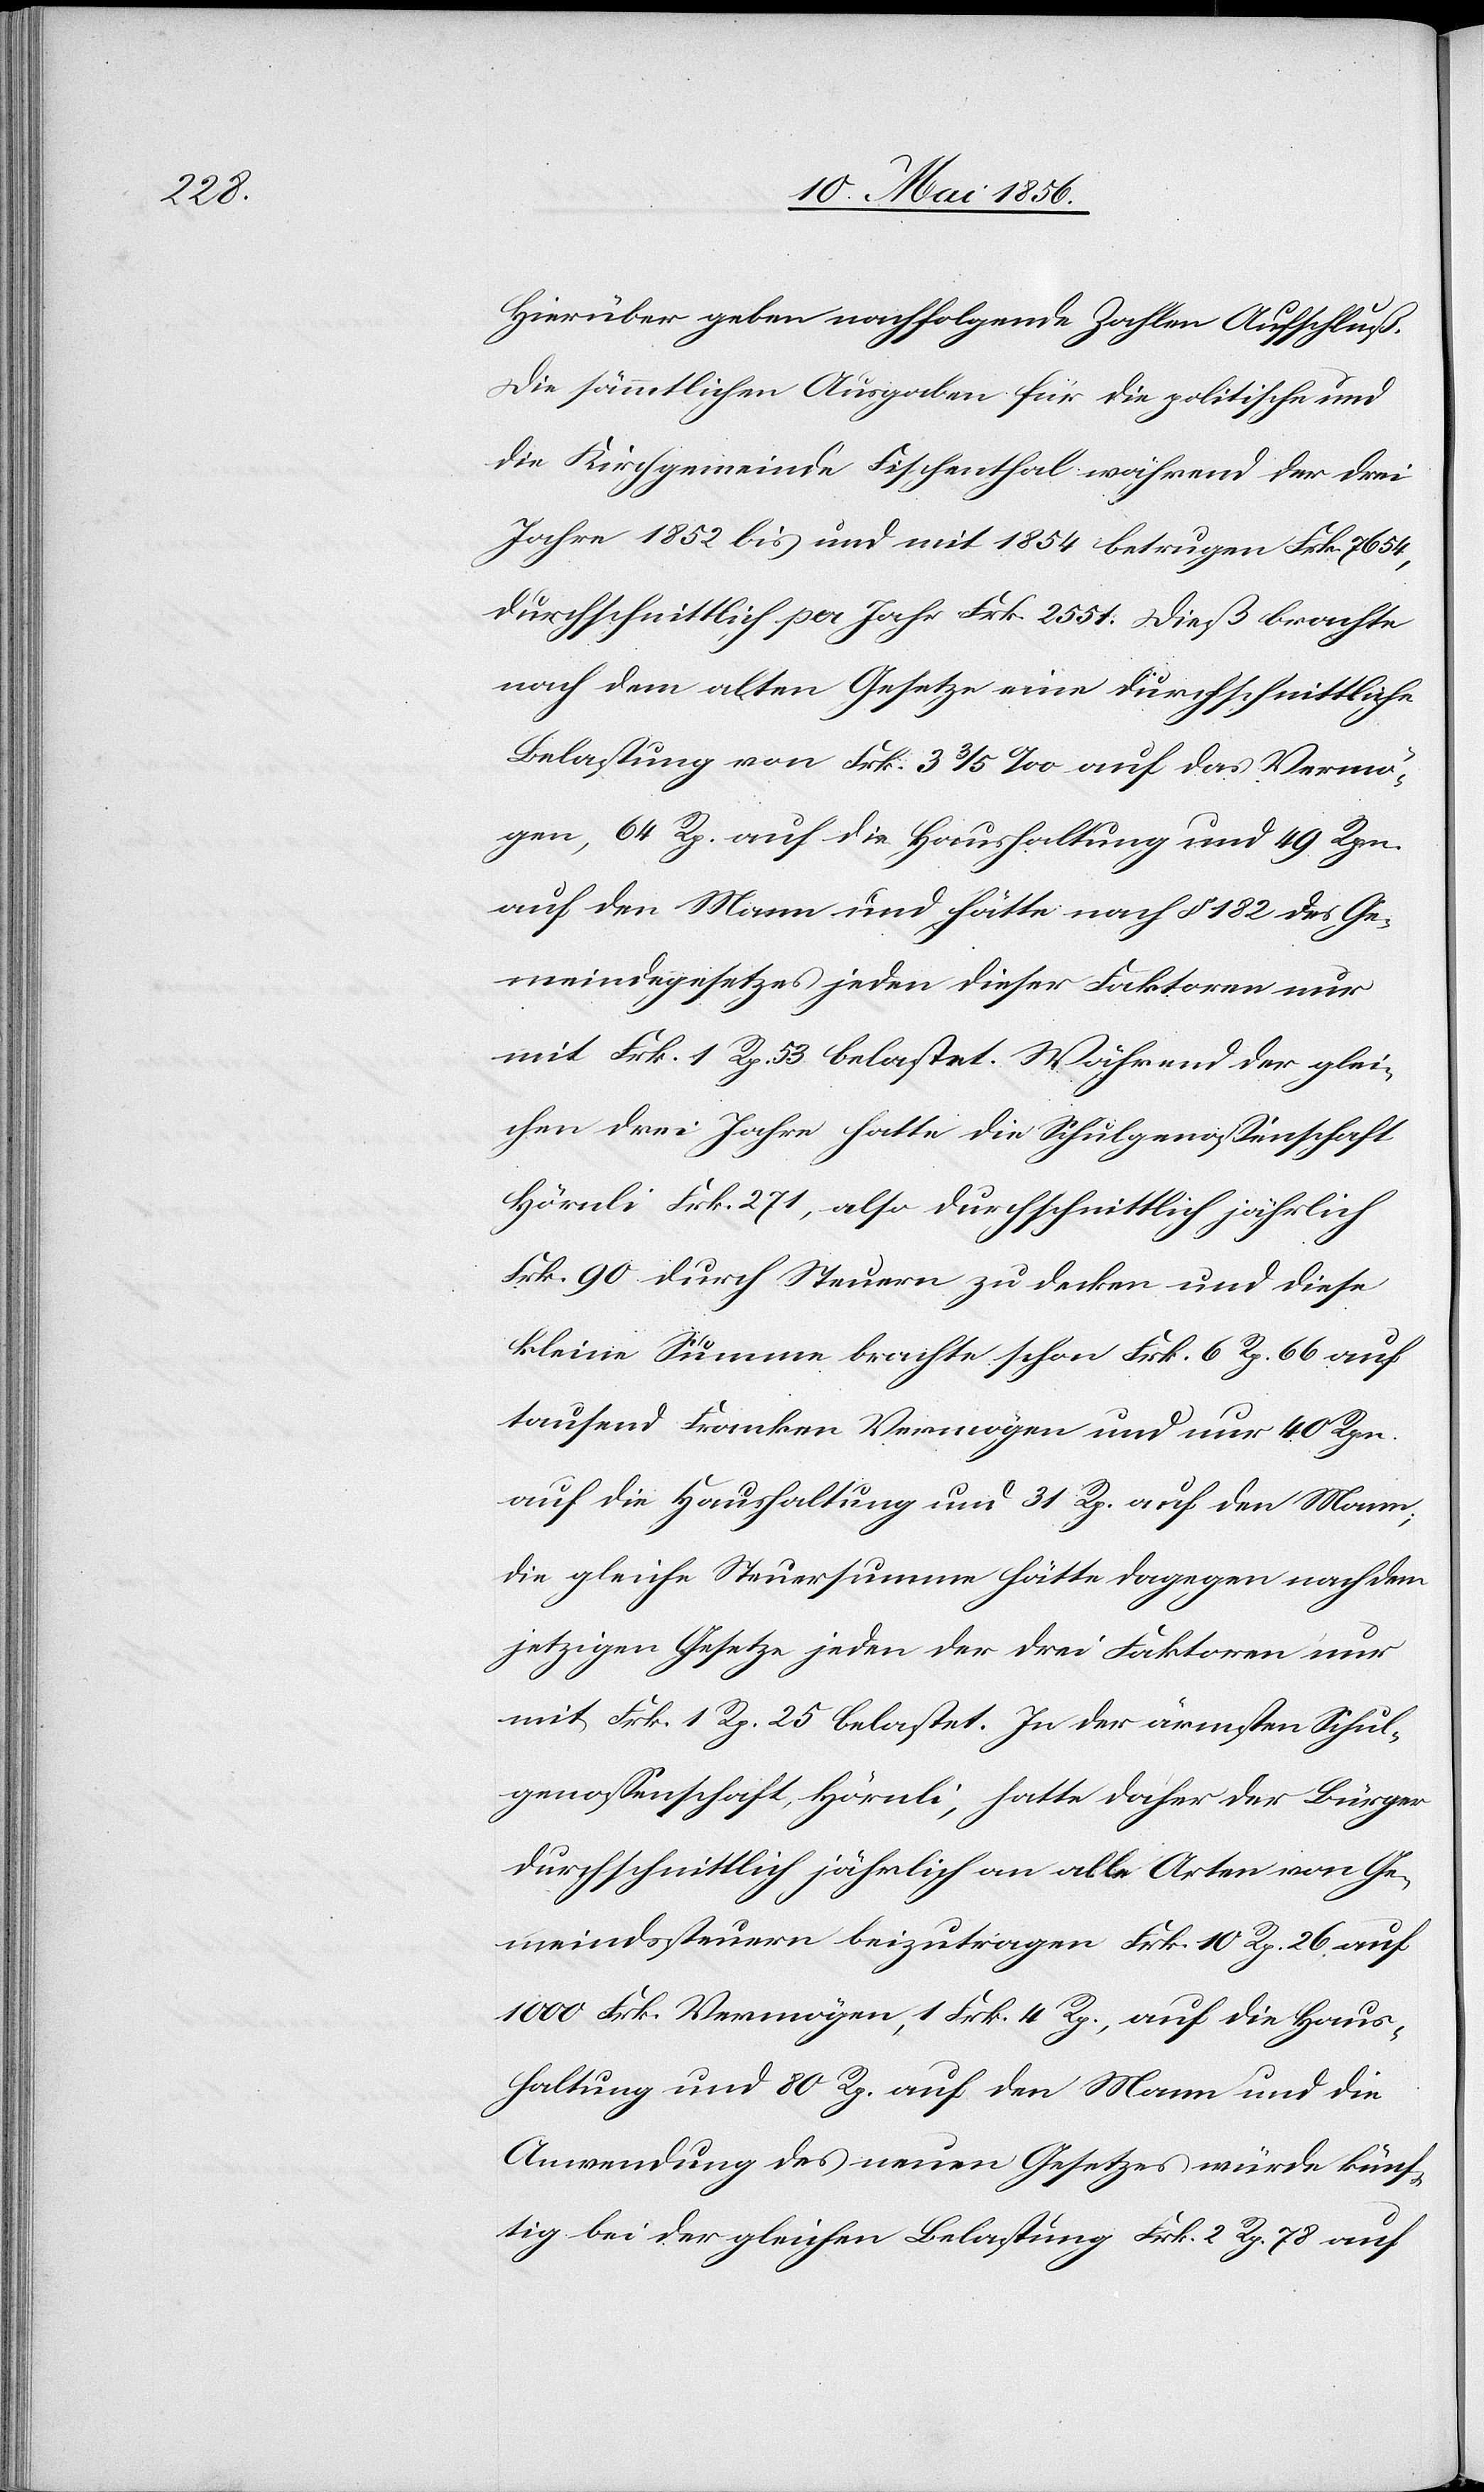
Hierüber geben nachfolgende Zahlen Aufschluß.
Die sämmtlichen Ausgaben für die politische und
die Kirchgemeinde Fischenthal während der drei
Jahre 1852 bis und mit 1854 betrugen Frk. 7654,
durchschnittlich per Jahr Frk. 2551. Dieß brachte
nach dem alten Gesetze eine durchschnittliche
Belastung von Frk. 3 3/5 ‰ auf das Vermö¬
gen, 64 Rp. auf die Haushaltung und 49 Rpn.
auf den Mann und hätte nach § 182 des Ge¬
meindegesetzes jeden dieser Faktoren nur
mit Frk. 1 Rp. 53 belastet. Während der glei¬
chen drei Jahre hatte die Schulgenossenschaft
Hörnli Frk. 271, also durchschnittlich jährlich
Frk. 90 durch Steuern zu decken und diese
kleine Summe brachte schon Frk. 6 Rp. 66 auf
tausend Franken Vermögen und nur 40 Rpn.
auf die Haushaltung und 31 Rp. auf den Mann;
die gleiche Steuersumme hätte dagegen nach dem
jetzigen Gesetze jeden der drei Faktoren nur
mit Frk. 1 Rp. 25 belastet. In der ärmsten Schul¬
genossenschaft Hörnli, hatte daher der Bürger
durchschnittlich jährlich an alle Arten von Ge¬
meindssteuern beizutragen Frk. 10 Rp. 26 auf
1000 Frk. Vermögen, 1 Frk. 4 Rp., auf die Haus¬
haltung und 80 Rp. auf den Mann und die
Anwendung des neuen Gesetzes würde künf¬
tig bei der gleichen Belastung Frk. 2. Rp. 78 auf